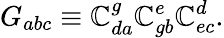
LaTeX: G_{abc}\equiv\mathbb{C}_{da}^{g}\mathbb{C}_{gb}^{e}\mathbb{C}_{ec}^{d}.